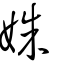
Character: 姝